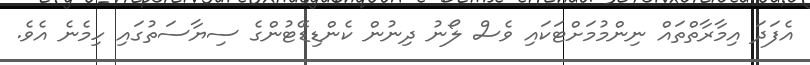
އެފަދަ އިމާރާތްތައް ނިންމުމަށްޓަކައި ވެސް ލޯނު ދިނުން ކެންޑިޑޭޓުންގެ ސިޔާސަތުގައި ހިމެނެ އެވެ.